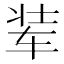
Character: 𮷚